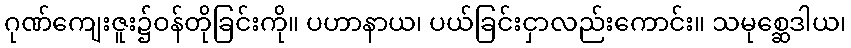
ဂုဏ်ကျေးဇူး၌ဝန်တိုခြင်းကို။ ပဟာနာယ၊ ပယ်ခြင်းငှာလည်းကောင်း။ သမုစ္ဆေဒါယ၊